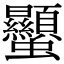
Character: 𧖙